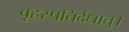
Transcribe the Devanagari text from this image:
बृहस्पतिर्दधातु।